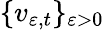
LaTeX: \{ v_{\varepsilon,t}\} _{\varepsilon>0}